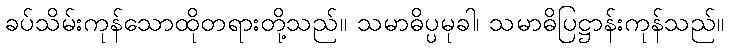
ခပ်သိမ်းကုန်သောထိုတရားတို့သည်။ သမာဓိပ္ပမုခါ၊ သမာဓိပြဋ္ဌာန်းကုန်သည်။